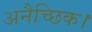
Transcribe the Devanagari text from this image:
अनैच्छिक।